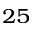
^ { 2 5 }